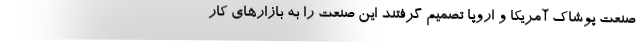
صنعت پوشاک آمریکا و اروپا تصمیم گرفتند این صنعت را به بازارهای کار